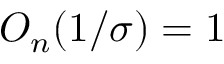
O _ { n } ( 1 / \sigma ) = 1